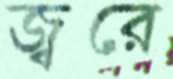
জ্বরে